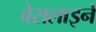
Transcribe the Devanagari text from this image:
बेसलाइनें